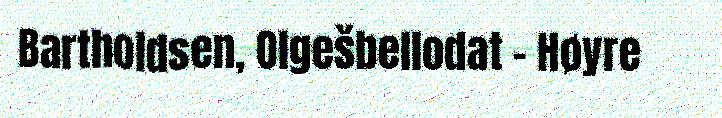
Bartholdsen, Olgešbellodat – Høyre